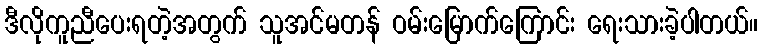
ဒီလိုကူညီပေးရတဲ့အတွက် သူအင်မတန် ဝမ်းမြောက်ကြောင်း ရေးသားခဲ့ပါတယ်။